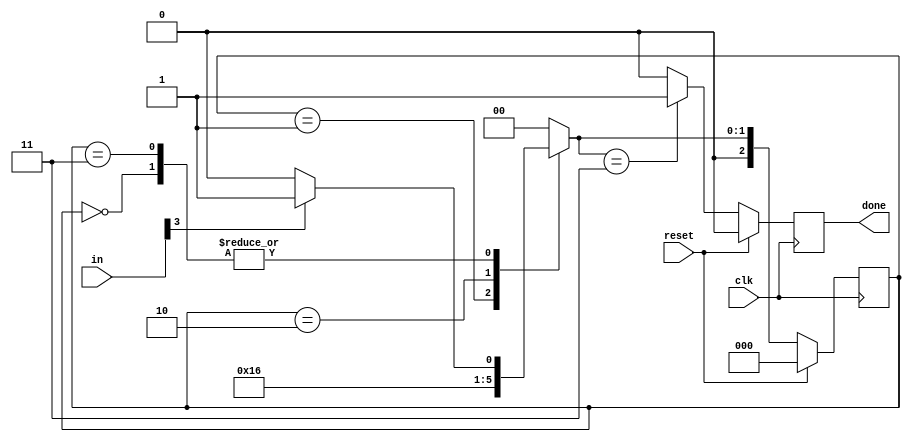
module top_module(
    input clk,
    input [7:0] in,
    input reset,    // Synchronous reset
    output done); //

    parameter S0=2'b00, S1=2'b01, S2=2'b10, S3=2'b11;
    reg [2:0] state, next_state;
    // State transition logic (combinational)
	always @(*) begin
        case (state)
            S0: next_state = in[3] ? S1:S0;
            S1: next_state = S2;
            S2: next_state = S3;
            S3: next_state = in[3] ? S1:S0;
            default: next_state = S0;
        endcase
    end
    
    // State flip-flops (sequential)
 	always @(posedge clk) begin
        state <= (reset) ? S0:next_state ;
    end
    
    // Output logic
	always @(posedge clk) begin
        if (reset) begin
            done <= 0;
        end
        else begin
            case (next_state)
                S0: done<=0;
                S1: done<=0;
                S2: done<=0;
                S3: done<=1;
                default: done<=0;
            endcase
        end
    end
    
endmodule